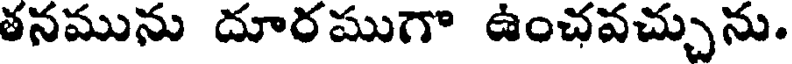
తనమును దూరముగా ఉంచవచ్చును.